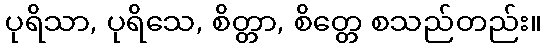
ပုရိသာ, ပုရိသေ, စိတ္တာ, စိတ္တေ စသည်တည်း။